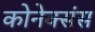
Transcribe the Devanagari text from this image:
कोनेक्संस